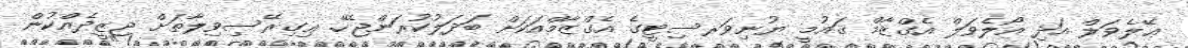
ޢޭލެވަލް އަދި އޯލެވަލް އެގްޒާމް ޤައުމީ ޔުނިވަރސިޓީގެ އެގްޒާމްއަކަށް ބަދަލުކުރަންޖެހޭ. ޢިގިރޭސިވިލާތަށް ޖިޒީދެއްކުން